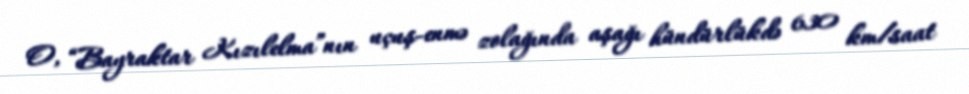
O, “Bayraktar Kızılelma”nın uçuş-enmə zolağında aşağı hündürlükdə 630 km/saat